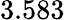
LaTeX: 3.583